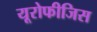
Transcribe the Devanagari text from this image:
यूरोफीजिस